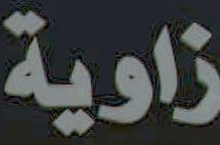
زاوية